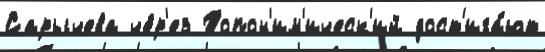
Сарычева че́р'ез Топон'им'ическ'ий дост'ига́ют